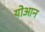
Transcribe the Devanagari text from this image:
योआन